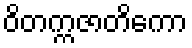
ဝိတက္ကဇာတိကော